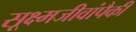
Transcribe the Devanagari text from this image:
सूक्ष्मजीवांपैकी